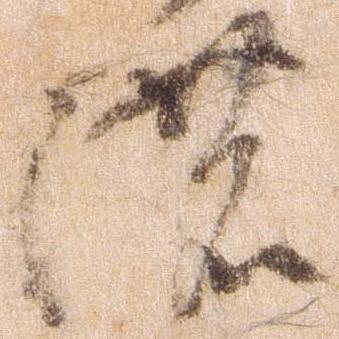
濃